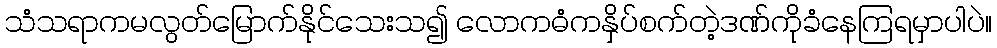
သံသရာကမလွတ်မြောက်နိုင်သေးသ၍ လောကဓံကနှိပ်စက်တဲ့ဒဏ်ကိုခံနေကြရမှာပါပဲ။